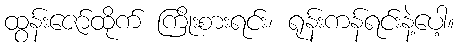
ထွန်းဇော်ထိုက် ကြိုးစားရင်း၊ ရုန်းကန်ရင်းနဲ့ပေါ့။